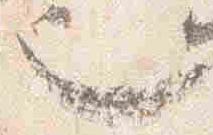
也